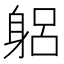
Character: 躳